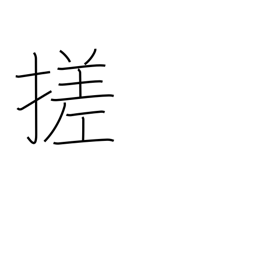
Meaning: braid